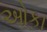
ઓકા